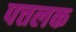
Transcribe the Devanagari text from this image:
पत्तलक